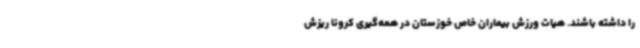
را داشته باشند. هیات ورزش‌ بیماران خاص خوزستان در همه‌گیری کرونا ریزش